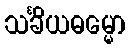
သင်္ခိယဓမ္မော